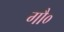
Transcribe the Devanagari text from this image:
गौ०